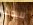
للبحث